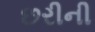
છરીની